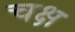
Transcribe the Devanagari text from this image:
चक्ष